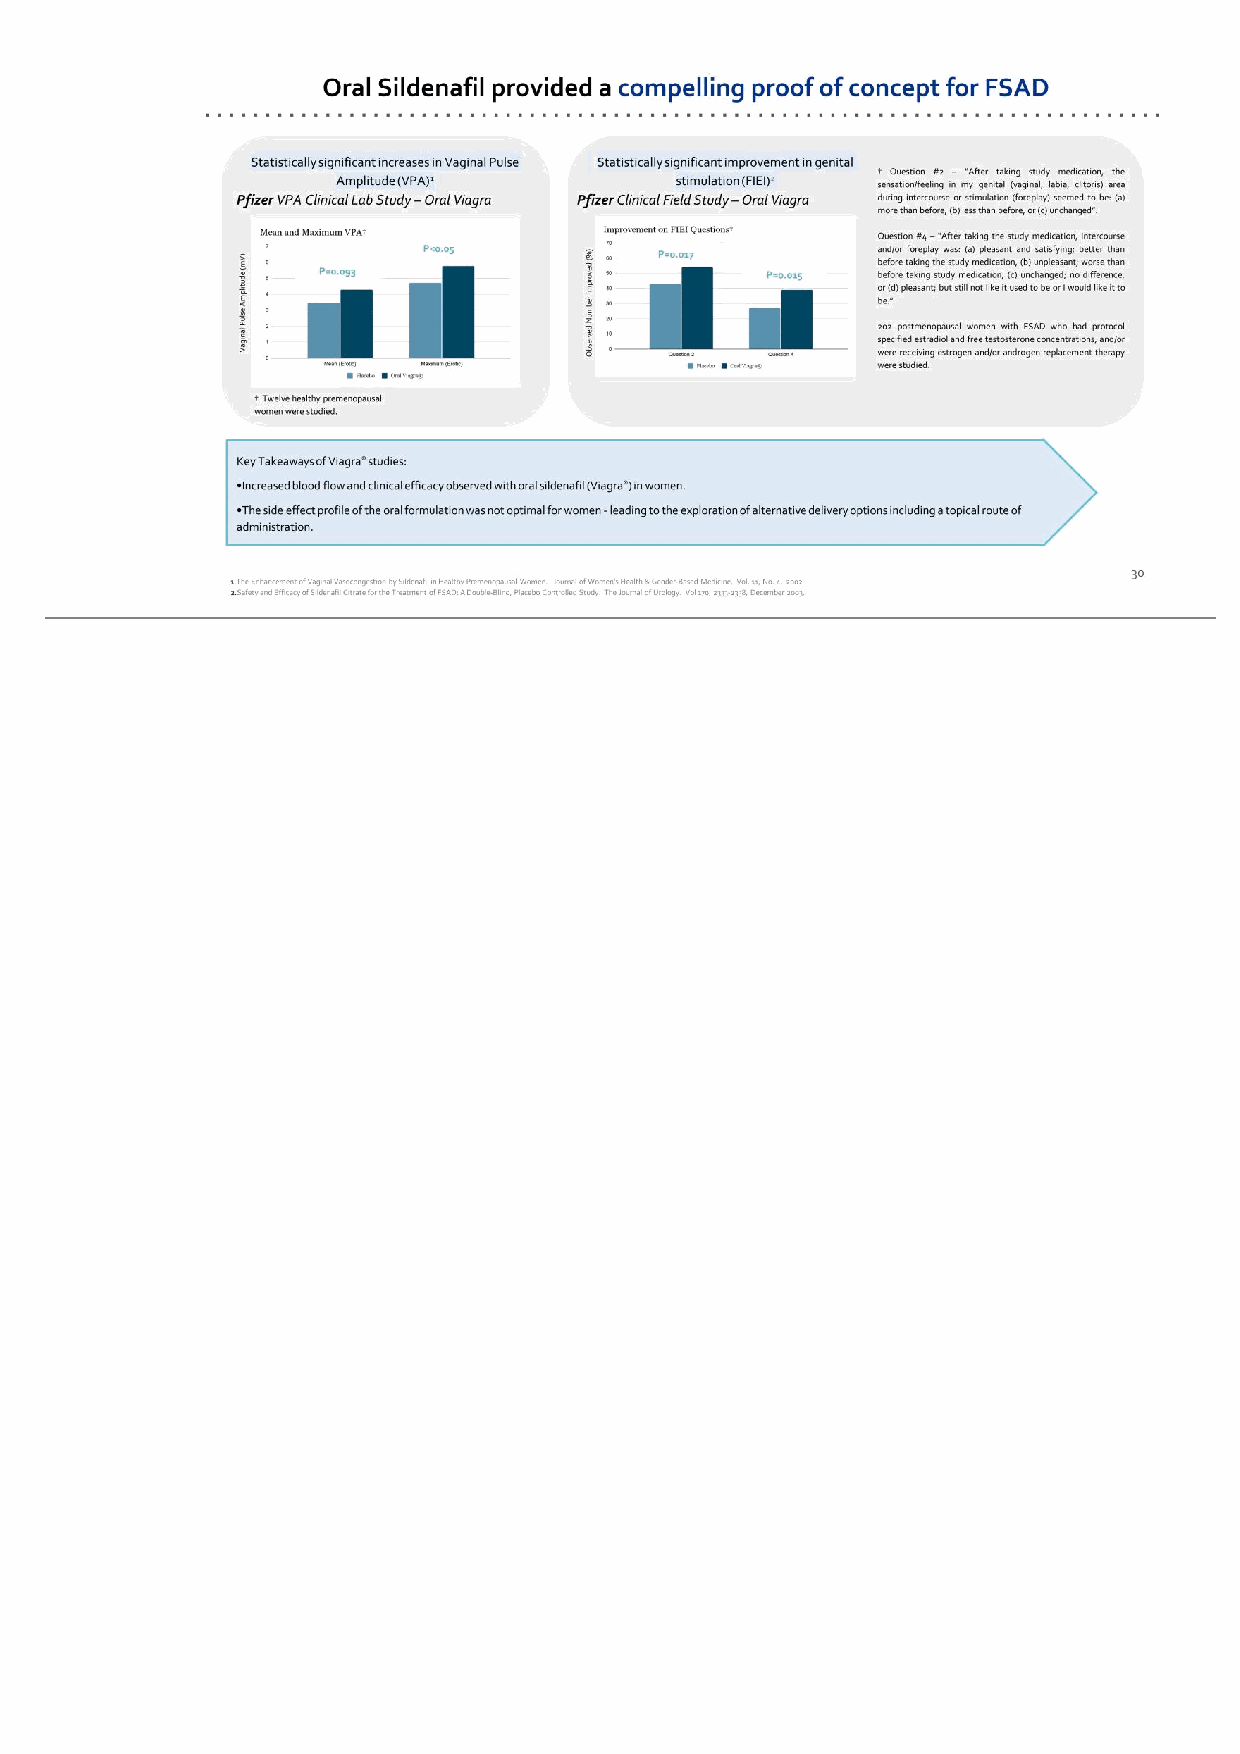
30 Oral Sildenafil provided a compelling proof of concept for FSAD † Question #2 – “After taking study medication, the sensation/feeling in my genital (vaginal, labia, clitoris) area during intercourse or stimulation (foreplay) seemed to be: (a) more than before, (b) less than before, or (c) unchanged”. Question #4 – “After taking the study medication, intercourse and/or foreplay was: (a) pleasant and satisfying; better than before taking the study medication, (b) unpleasant; worse than before taking study medication, (c) unchanged; no difference, or (d) pleasant; but still not like it used to be or I would like it to be.” 202 postmenopausal women with FSAD who had protocol specified estradiol and free testosterone concentrations, and/or were receiving estrogen and/or androgen replacement therapy were studied. † Twelve healthy premenopausal women were studied. V ag in al P ul se A m pl it ud e (m V ) O bs er ve d N um be r Im pr ov ed ( % ) Statistically significant increases in Vaginal Pulse Amplitude (VPA)1 Pfizer VPA Clinical Lab Study – Oral Viagra Statistically significant improvement in genital stimulation (FIEI)2 Pfizer Clinical Field Study – Oral Viagra 1.The Enhancement of Vaginal Vasocongestion by Sildenafil in Healthy Premenopausal Women. Journal of Women’s Health & Gender-Based Medicine. Vol. 11, No. 4. 2002 2.Safety and Efficacy of Sildenafil Citrate for the Treatment of FSAD: A Double-Blind, Placebo Controlled Study. The Journal of Urology. Vol 170, 2333-2338, December 2003. Key Takeaways of Viagra® studies: •Increased blood flow and clinical efficacy observed with oral sildenafil (Viagra®) in women. •The side effect profile of the oral formulation was not optimal for women - leading to the exploration of alternative delivery options including a topical route of administration. P=0.093 P<0.05 P=0.017 P=0.015